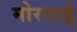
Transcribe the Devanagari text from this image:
मोरनाई